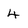
Character: 4